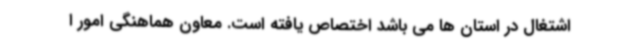
اشتغال در استان ها می باشد اختصاص یافته است. معاون هماهنگی امور ا